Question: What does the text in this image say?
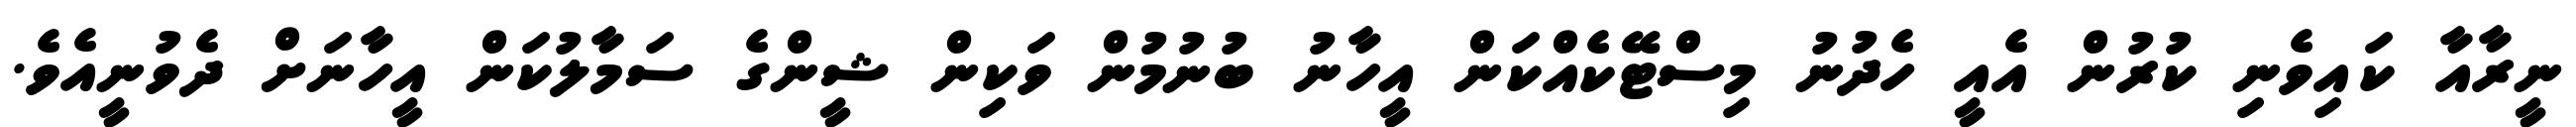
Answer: ނީރާއާ ކައިވެނި ކުރުން އެއީ ހެދުނު މިސްޓޭކެއްކަން އީހާނު ބުނުމުން ވަކިން ޝީންގެ ސަމާލުކަން އީހާނަށް ދެވުނީއެވެ.